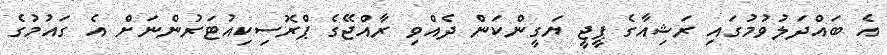
އެ ބައްދަލުވުމުގައި ރަޝިއާގެ ޕީޖީ ޔަގީންކަން ދެއްވި ރާއްޖޭގެ ޕްރޮސިކިއުޓަރުންނަށް އެ ގައުމުގެ